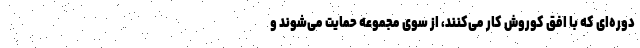
دوره‌ای که با افق کوروش کار می‌کنند، از سوی مجموعه حمایت می‌شوند و